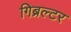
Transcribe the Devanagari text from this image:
गिब्रल्टर